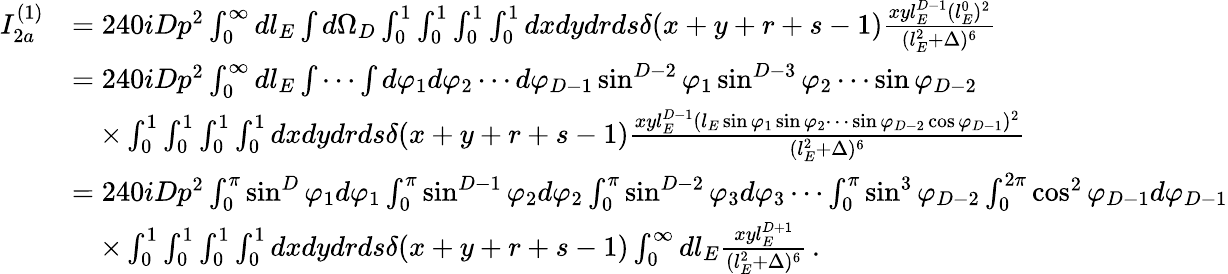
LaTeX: \begin{array}{rl}{I_{2a}^{(1)}}&{=240iDp^{2}\int_{0}^{\infty}dl_{E}\int d\Omega_{D}\int_{0}^{1}\int_{0}^{1}\int_{0}^{1}\int_{0}^{1}dxdydrds\delta(x+y+r+s-1)\frac{xyl_{E}^{D-1}(l_{E}^{0})^{2}}{(l_{E}^{2}+\Delta)^{6}}}\\ &{=240iDp^{2}\int_{0}^{\infty}dl_{E}\int\cdots\int d\varphi_{1}d\varphi_{2}\cdots d\varphi_{D-1}\sin^{D-2}\varphi_{1}\sin^{D-3}\varphi_{2}\cdots\sin\varphi_{D-2}}\\ &{\quad\times\int_{0}^{1}\int_{0}^{1}\int_{0}^{1}\int_{0}^{1}dxdydrds\delta(x+y+r+s-1)\frac{xyl_{E}^{D-1}(l_{E}\sin\varphi_{1}\sin\varphi_{2}\cdots\sin\varphi_{D-2}\cos\varphi_{D-1})^{2}}{(l_{E}^{2}+\Delta)^{6}}}\\ &{=240iDp^{2}\int_{0}^{\pi}\sin^{D}\varphi_{1}d\varphi_{1}\int_{0}^{\pi}\sin^{D-1}\varphi_{2}d\varphi_{2}\int_{0}^{\pi}\sin^{D-2}\varphi_{3}d\varphi_{3}\cdots\int_{0}^{\pi}\sin^{3}\varphi_{D-2}\int_{0}^{2\pi}\cos^{2}\varphi_{D-1}d\varphi_{D-1}}\\ &{\quad\times\int_{0}^{1}\int_{0}^{1}\int_{0}^{1}\int_{0}^{1}dxdydrds\delta(x+y+r+s-1)\int_{0}^{\infty}dl_{E}\frac{xyl_{E}^{D+1}}{(l_{E}^{2}+\Delta)^{6}}\, .}\end{array}